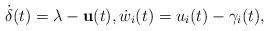
LaTeX: \begin{align*}\begin{aligned}\dot{\delta}(t)=\lambda-\mathbf{u}(t), \dot{w}_{i}(t)=u_{i}(t)-\gamma_{i}(t),\end{aligned}\end{align*}